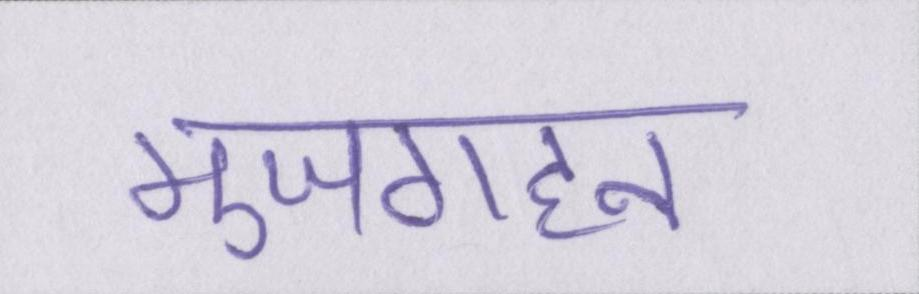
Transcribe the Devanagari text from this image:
मुजगहन